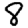
Digit: 8